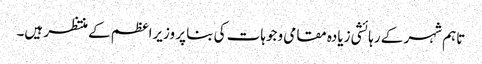
تاہم شہر کے رہائشی زیادہ مقامی وجوہات کی بنا پر وزیراعظم کے منتظر ہیں۔